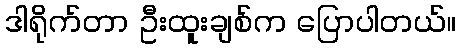
ဒါရိုက်တာ ဦးထူးချစ်က ပြောပါတယ်။